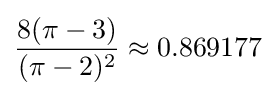
{\frac {8(\pi -3)}{(\pi -2)^{2}}}\approx 0.869177